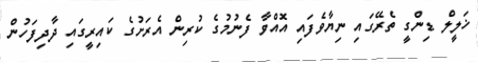
ޚަލީލް ޑިންގީ ތެރޭގައި ނިޔާވެފައި އޮއްވާ ފެނުމުގެ ކުރިން އެރަށުގެ ކައިރީގައި ދާދިފަހުން